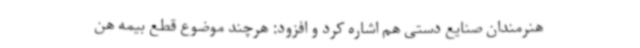
هنرمندان صنایع دستی هم اشاره کرد و افزود: هرچند موضوع قطع بیمه هن